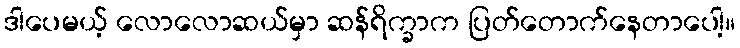
ဒါပေမယ့် လောလောဆယ်မှာ ဆန်ရိက္ခာက ပြတ်တောက်နေတာပေါ့။